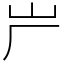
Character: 屵